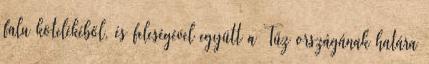
falu kötelékéből, és feleségével együtt a Tűz országának határa